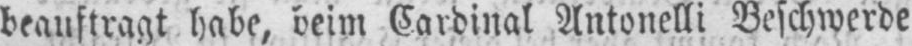
beauftragt habe, beim Cardinal Antonelli Beschwerde